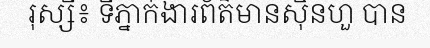
រុស្សី៖ ទីភ្នាក់ងារព័ត៌មានស៊ិនហួ បាន